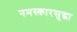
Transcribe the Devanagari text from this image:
नमस्कारसुद्धा